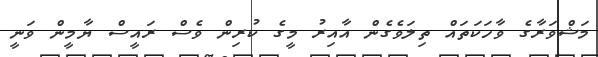
މަޝްވަރާގެ ވާހަކަތައް ތިލަވެގެން އާއިރު މީގެ ކުރިން ވެސް ރައީސް ޔާމީން ވަނީ